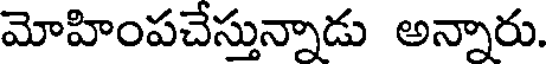
మోహింపచేస్తున్నాడు అన్నారు.